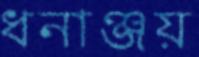
ধনাঞ্জয়